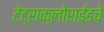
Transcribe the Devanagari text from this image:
टेट्राक्लोराईडचे